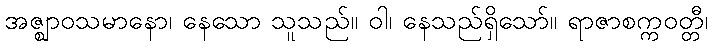
အဇ္ဈာဝသမာနော၊ နေသော သူသည်။ ဝါ၊ နေသည်ရှိသော်။ ရာဇာစက္ကဝတ္တီ၊